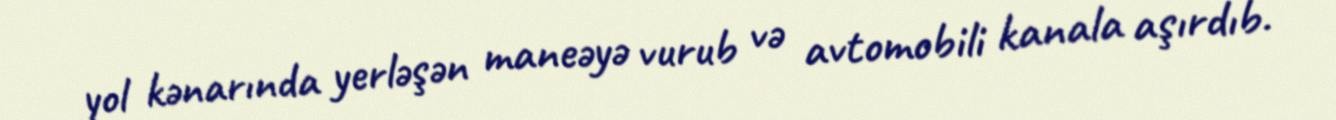
yol kənarında yerləşən maneəyə vurub və avtomobili kanala aşırdıb.